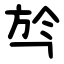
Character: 㫇